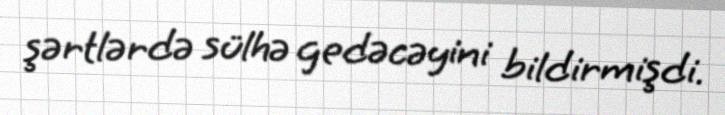
şərtlərdə sülhə gedəcəyini bildirmişdi.